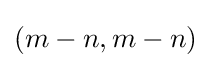
(m-n,m-n)